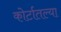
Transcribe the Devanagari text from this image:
कोर्टातल्या